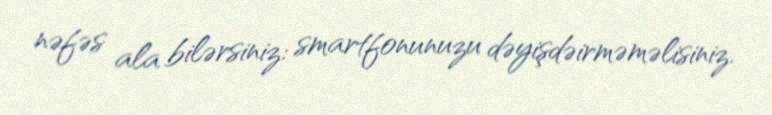
nəfəs ala bilərsiniz: smartfonunuzu dəyişdəirməməlisiniz.